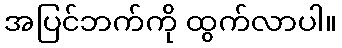
အပြင်ဘက်ကို ထွက်လာပါ။